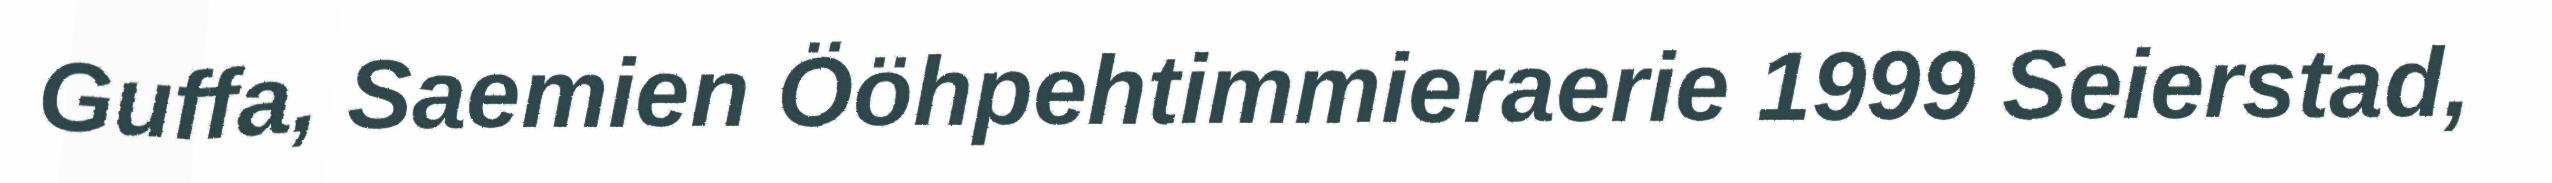
Guffa, Saemien Ööhpehtimmieraerie 1999 Seierstad,